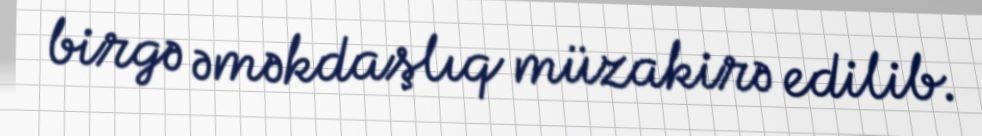
birgə əməkdaşlıq müzakirə edilib.